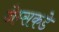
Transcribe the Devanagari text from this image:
जेम्सकडे